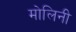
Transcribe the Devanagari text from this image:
मोलिनी